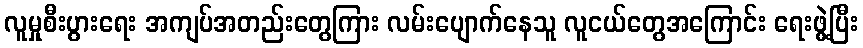
လူမှုစီးပွားရေး အကျပ်အတည်းတွေကြား လမ်းပျောက်နေသူ လူငယ်တွေအကြောင်း ရေးဖွဲ့ပြီး